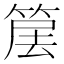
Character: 𥮱